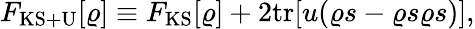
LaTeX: \begin{array}{l}{F_{\mathrm{KS+U}}[\varrho]\equiv F_{\mathrm{KS}}[\varrho]+2\mathrm{tr}[u(\varrho s-\varrho s\varrho s)],}\end{array}